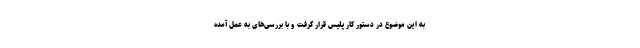
به این موضوع در دستور کار پلیس قرار گرفت و با بررسی‌های به عمل آمده